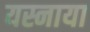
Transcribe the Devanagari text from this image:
यस्नाया